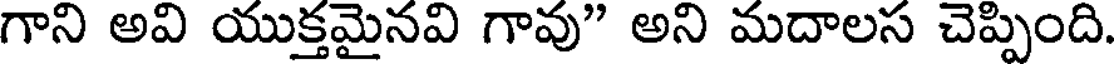
గాని అవి యుక్తమైనవి గావు" అని మదాలస చెప్పింది.